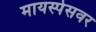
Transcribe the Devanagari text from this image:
मायस्पेसवर